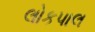
લોકપાલ